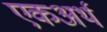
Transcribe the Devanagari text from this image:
एकअर्थ